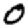
Digit: 0